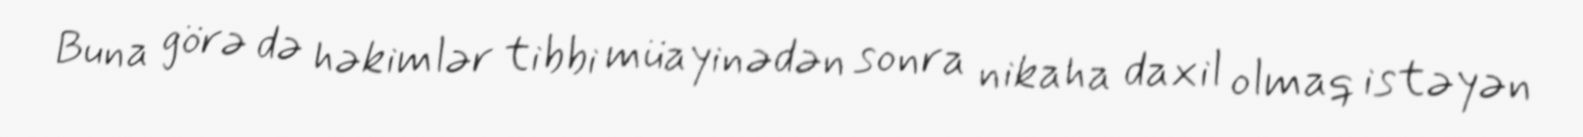
Buna görə də həkimlər tibbi müayinədən sonra nikaha daxil olmaq istəyən